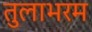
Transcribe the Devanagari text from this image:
तुलाभरम